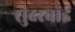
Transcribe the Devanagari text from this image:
सुंदरबाई